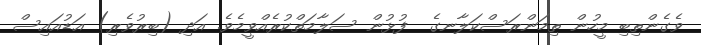
ވެގެންތިބި މީހުން ތިމަންރަސްކަލާނގެ  ފުޅުން ސަލާމަތްކުރެއްވީމެވެ. އަދި (ބިރުވެރި) އަޑުއައިސް